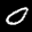
Label: 0